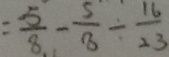
= \frac { 5 } { 8 } - \frac { 5 } { 8 } \div \frac { 1 6 } { 2 3 }